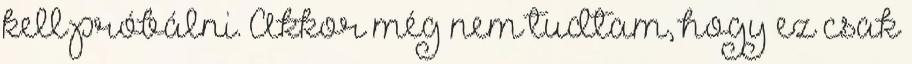
kell próbálni. Akkor még nem tudtam, hogy ez csak